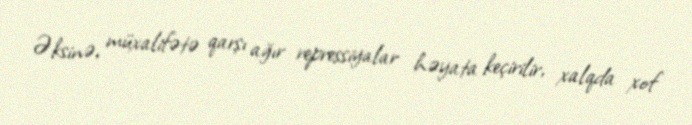
Əksinə, müxalifətə qarşı ağır repressiyalar həyata keçirilir, xalqda xof